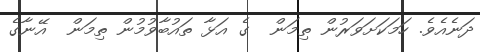
ދަނެއެވެ. ހަމަކަށަވަރުން ތިމަން  ގެ އަޅާ ތައުބާވުމުން ތިމަން  އޭނާގެ